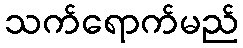
သက်ရောက်မည်